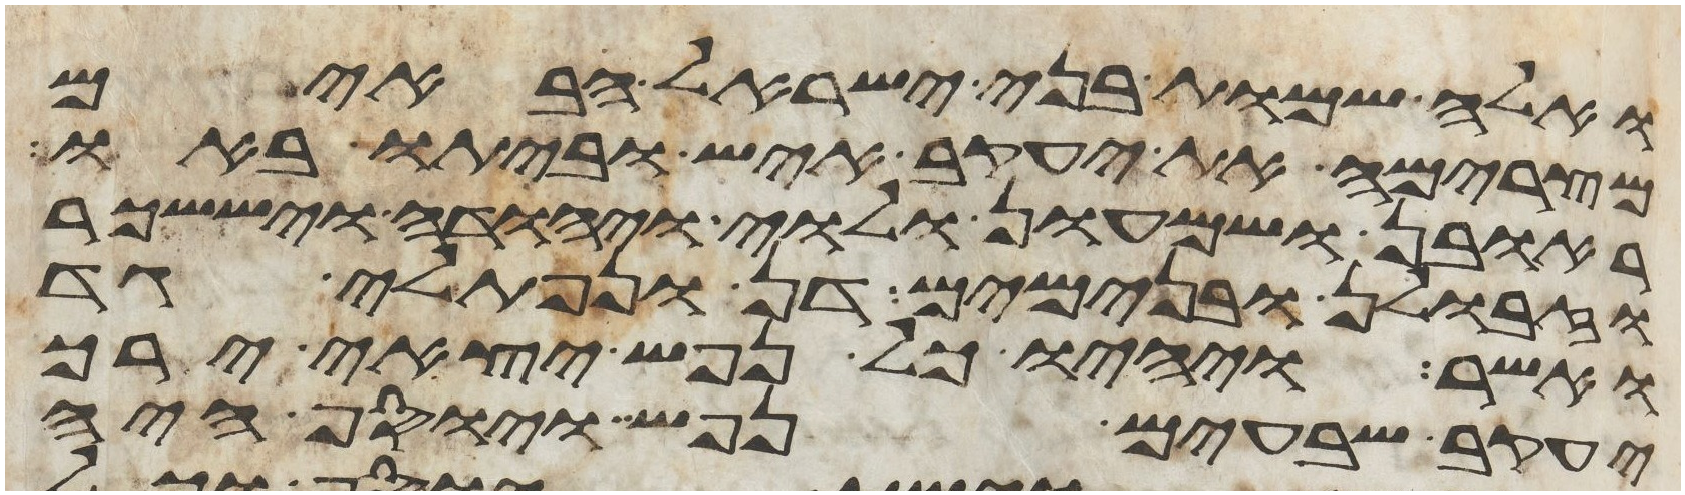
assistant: ואלה שמות בני ישראל הבאים
מצרימה את יעקב איש וביתו באו
ראובן ושמעון ולוי ויהודה ויששכר
וזבולן ובנימים דן ונפתלי גד
ואשר ויהיו כל נפש יצאי ירך
יעקב שבעים נפש ויוסף היה